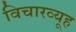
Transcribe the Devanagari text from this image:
विचारव्यूह